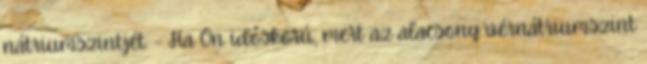
nátriumszintjét. - Ha Ön időskorú, mert az alacsony vérnátriumszint